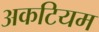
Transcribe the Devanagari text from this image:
अकटियम